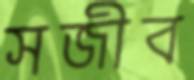
সজীব